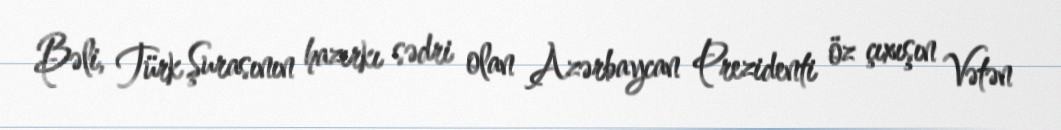
Bəli, Türk Şurasının hazırkı sədri olan Azərbaycan Prezidenti öz çıxışın Vətən